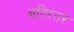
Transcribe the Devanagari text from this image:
बहिरंतर